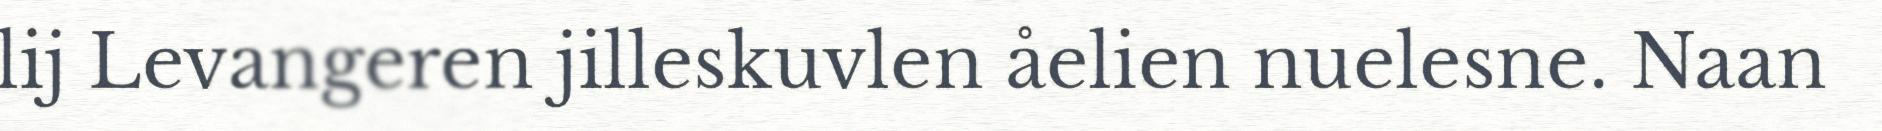
lij Levangeren jilleskuvlen åelien nuelesne. Naan